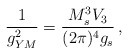
\begin{align*}\frac{1}{g_{YM}^2} = \frac{ M_s^3 V_3}{(2 \pi)^4 g_s}\, ,\end{align*}